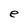
Character: e